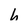
Character: h